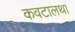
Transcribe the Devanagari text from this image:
कवटालथा